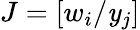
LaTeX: J=\left[w_{i}/\mathit{y}_{j}\right]